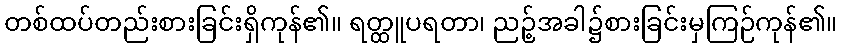
တစ်ထပ်တည်းစားခြင်းရှိကုန်၏။ ရတ္ထူပရတာ၊ ညဉ့်အခါ၌စားခြင်းမှကြဉ်ကုန်၏။